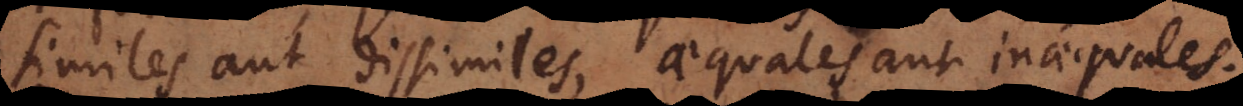
similes aut dissimiles, aequales aut inaequales.